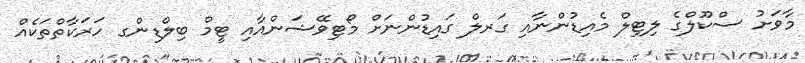
މާވަށު ސްކޫލްގެ ލިޓިލް މެއިޑުންނާއި ގަރލް ގައިޑުންނަށް މޯޓިވޭޝަންއާއި ޓީމް ބިލްޑިންގ ހަރަކާތްތަކެއް